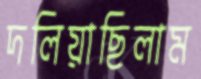
দলিয়াছিলাম